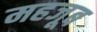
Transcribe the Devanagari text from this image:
महजूब